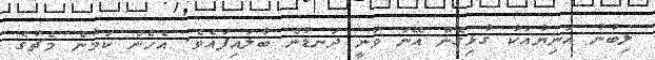
ލިބުނު އަނިޔާއަކާ ގުޅިގެން އޭނަ ވަނީ ދަނޑުން ބާލައިފައެވެ. އެހެން ކަމުން މެޗުގެ